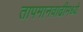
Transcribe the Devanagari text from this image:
तापमानवाढीमध्ये